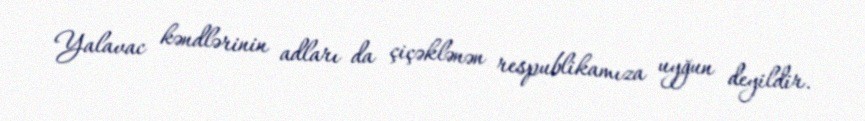
Yalavac kəndlərinin adları da çiçəklənən respublikamıza uyğun deyildir.